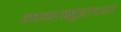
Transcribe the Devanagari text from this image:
गयासुराच्या